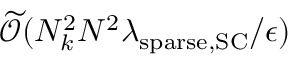
\widetilde { \mathcal { O } } ( N _ { k } ^ { 2 } N ^ { 2 } \lambda _ { \mathrm { s p a r s e } , \mathrm { S C } } / \epsilon )